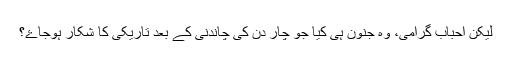
لیکن احباب گرامی، وہ جنون ہی کیا جو چار دن کی چاندنی کے بعد تاریکی کا شکار ہوجاۓ؟